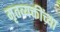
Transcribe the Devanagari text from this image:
मृतव्यक्तींच्या